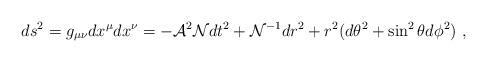
LaTeX: \begin{align*}ds^2=g_{\mu\nu}dx^\mu dx^\nu= - {\cal A}^2{\cal N} dt^2 + {\cal N}^{-1} dr^2 + r^2 (d\theta^2 + \sin^2\theta d\phi^2)\ , \end{align*}